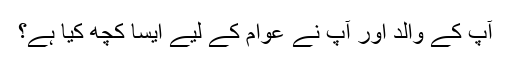
آپ کے والد اور آپ نے عوام کے لیے ایسا کچھ کیا ہے؟